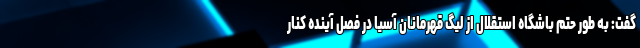
گفت: به طور حتم باشگاه استقلال از لیگ قهرمانان آسیا در فصل آینده کنار